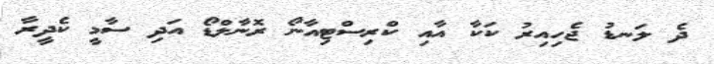
ދެ ލަނޑު ޖެހިއިރު ކަކާ އާއި ކްރިސްޓިއާނޯ ރޮނާލްޑޯ އަދި ސާމީ ކެދީރާ